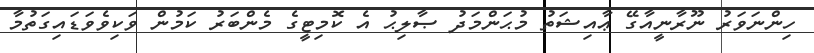
ހިންނަވަރު ނޫރާނީއާގޭ ޢާއިޝަތު މުޙަންމަދު ޞާލިޙު އެ ކޮމިޓީގެ މެންބަރު ކަމުން ވަކިވެވަޑައިގަތުމާ